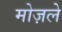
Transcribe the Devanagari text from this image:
मोज़ले